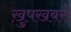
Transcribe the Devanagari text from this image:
ख़ुषखबरी